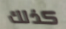
كذلك